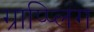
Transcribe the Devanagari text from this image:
ग्राप्प्लिंग